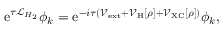
\mathrm { e } ^ { \tau \mathcal { L } _ { H _ { 2 } } } \phi _ { k } = \mathrm { e } ^ { - i \tau \left( \mathcal { V } _ { \mathrm { e x t } } + \mathcal { V } _ { \mathrm { H } } [ \rho ] + \mathcal { V } _ { \mathrm { X C } } [ \rho ] \right) } \phi _ { k } ,